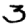
Digit: 3